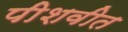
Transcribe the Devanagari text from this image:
पीशवीत